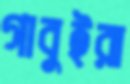
গাবুইরা